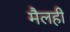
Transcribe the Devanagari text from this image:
मैलही